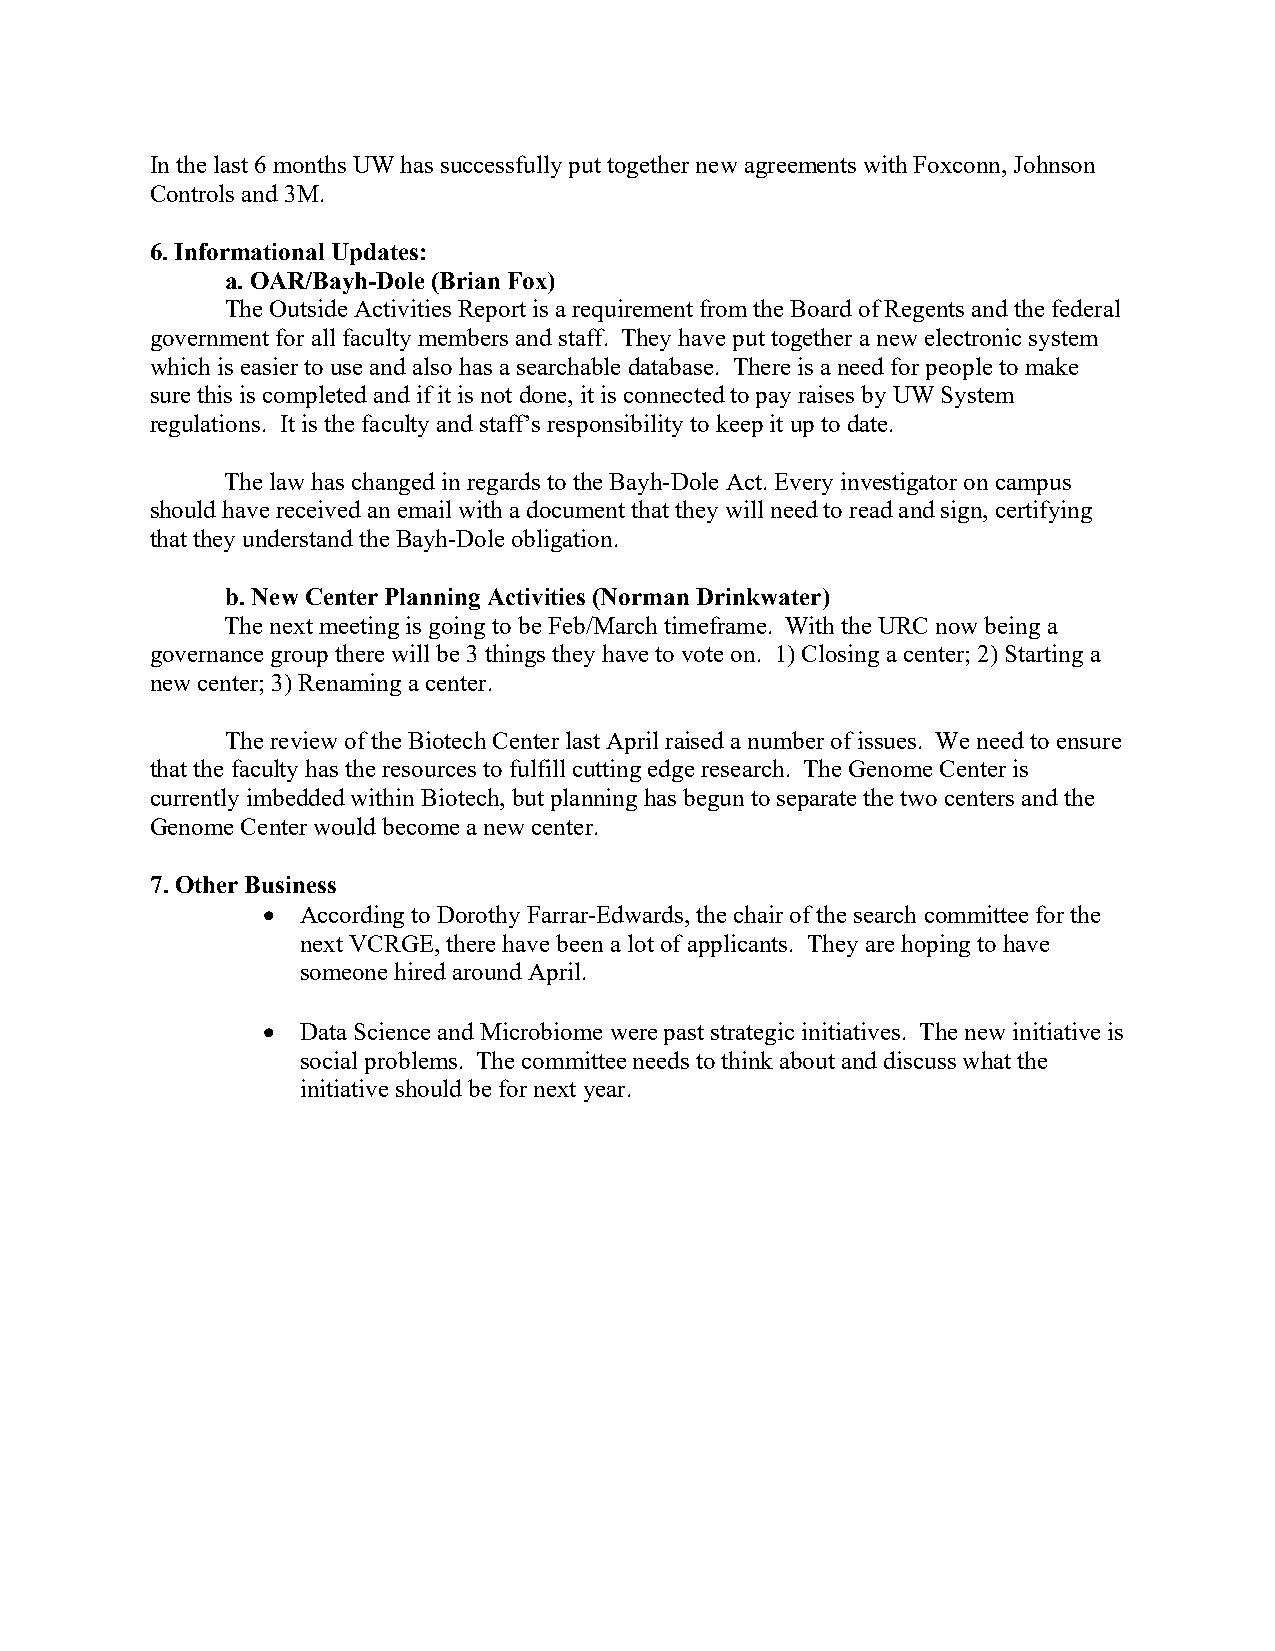
In the last 6 months UW has successfully put together new agreements with Foxconn, Johnson
 Controls and 3M.
 6. Informational Updates:
 a. OAR/Bayh-Dole (Brian Fox)
 The Outside Activities Report is a requirement from the Board of Regents and the federal
 government for all faculty members and staff. They have put together a new electronic system
 which is easier to use and also has a searchable database. There is a need for people to make
 sure this is completed and if it is not done, it is connected to pay raises by UW System
 regulations. It is the faculty and staff’s responsibility to keep it up to date.
 The law has changed in regards to the Bayh-Dole Act. Every investigator on campus
 should have received an email with a document that they will need to read and sign, certifying
 that they understand the Bayh-Dole obligation.
 b. New Center Planning Activities (Norman Drinkwater)
 The next meeting is going to be Feb/March timeframe. With the URC now being a
 governance group there will be 3 things they have to vote on. 1) Closing a center; 2) Starting a
 new center; 3) Renaming a center.
 The review of the Biotech Center last April raised a number of issues. We need to ensure
 that the faculty has the resources to fulfill cutting edge research. The Genome Center is
 currently imbedded within Biotech, but planning has begun to separate the two centers and the
 Genome Center would become a new center.
 7. Other Business
   According to Dorothy Farrar-Edwards, the chair of the search committee for the
 next VCRGE, there have been a lot of applicants. They are hoping to have
 someone hired around April.
   Data Science and Microbiome were past strategic initiatives. The new initiative is
 social problems. The committee needs to think about and discuss what the
 initiative should be for next year.